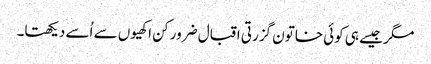
مگر جیسے ہی کوئی خاتون گزرتی اقبال ضرور کن اکھیوں سے اُسے دیکھتا۔